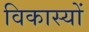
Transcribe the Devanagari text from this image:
विकास्यों